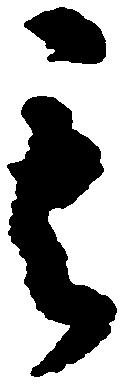
其